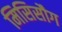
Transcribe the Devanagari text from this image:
मिसिसौग